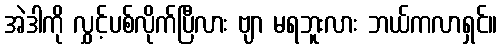
အဲဒါကို လွှင့်ပစ်လိုက်ပြီလား ဗျာ မရဘူးလား ဘယ်ကလာရှင်။